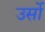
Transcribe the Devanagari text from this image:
उर्सो